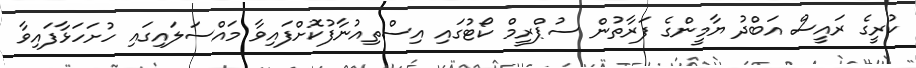
ކުރީގެ ރައީސް އަބްދު ޔާމީންގެ ފަރާތުން ސުޕްރީމް ކޯޓުގައި އިސްތިއުނާފުކޮށްފައިވާ މައްސަލައިގައި ހުށަހަޅާފައިވާ